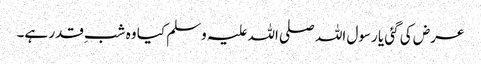
عرض کی گئی یا رسول اللہ صلی اللہ علیہ وسلم کیا وہ شبِ قدر ہے۔